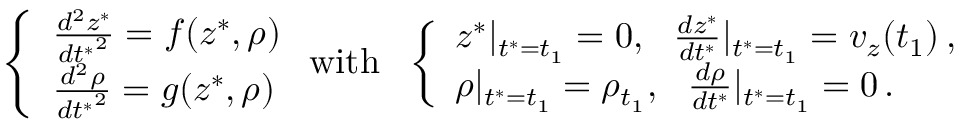
\left\{ \begin{array} { l l } { \frac { d ^ { 2 } z ^ { * } } { { d t ^ { * } } ^ { 2 } } = f ( z ^ { * } , \rho ) } \\ { \frac { d ^ { 2 } \rho } { { d t ^ { * } } ^ { 2 } } = g ( z ^ { * } , \rho ) } \end{array} \right. \mathrm { w i t h } \ \ \left\{ \begin{array} { l l } { z ^ { * } | _ { t ^ { * } = t _ { 1 } } = 0 , \ \ \frac { d z ^ { * } } { d t ^ { * } } | _ { t ^ { * } = t _ { 1 } } = v _ { z } ( t _ { 1 } ) \, , } \\ { \rho | _ { t ^ { * } = t _ { 1 } } = \rho _ { t _ { 1 } } , \ \ \frac { d \rho } { d t ^ { * } } | _ { t ^ { * } = t _ { 1 } } = 0 \, . } \end{array} \right.